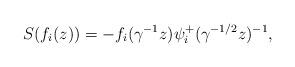
LaTeX: \begin{align*} S(f_i(z))=-f_i(\gamma^{-1}z)\psi^+_i(\gamma^{-1/2}z)^{-1},\end{align*}